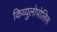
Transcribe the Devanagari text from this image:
किव्युलोपोलिस